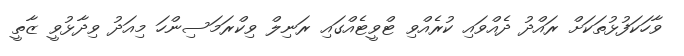
ވާހަކަފުޅުތަކަށް ރައްދު ދެއްވައި ކުރެއްވި ޓްވީޓެއްގައި ރަނިލް ވިކްރަމަސިންހަ މިއަދު ވިދާޅުވީ ޒާތީ